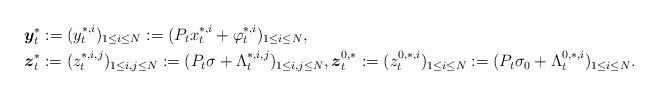
LaTeX: \begin{align*}\left.\begin{aligned}& \boldsymbol{y}_t^{*}:=(y_t^{*,i})_{1\leq i\leq N}:=(P_t x_t^{*,i}+\varphi_t^{*,i})_{1\leq i\leq N},\\&\boldsymbol{z}_t^{*}:=(z_t^{*,i,j})_{1\leq i,j\leq N}:=(P_t\sigma+\Lambda_t^{*,i,j})_{1\leq i,j\leq N},\boldsymbol{z}_t^{0,*}:=(z_t^{0,*,i})_{1\leq i\leq N}:=(P_t\sigma_0+\Lambda_t^{0,*,i})_{1\leq i\leq N}.\end{aligned}\right. \end{align*}